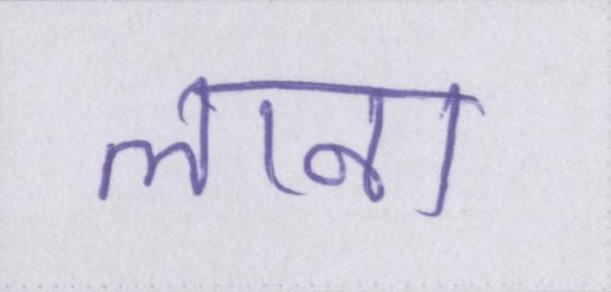
लाना